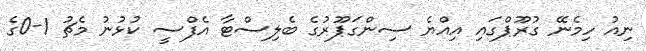
ނިއު ހިމެނޭ ގުރޫޕްގައި އިއްޔެ ސިންގަޕޫރުގެ ބެލިސްޓާ އެފްސީ ކުޅުނު މެޗު 1-0ގެ